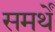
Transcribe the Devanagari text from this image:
समर्थें